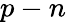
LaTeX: p-n